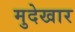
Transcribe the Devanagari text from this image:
मुदेखार